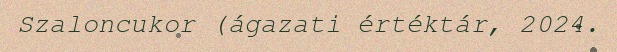
Szaloncukor (ágazati értéktár, 2024.